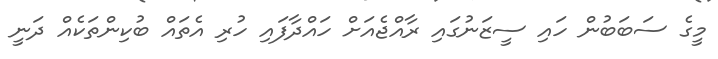
މީގެ ސަބަބުން ހައި ސީޒަނުގައި ރާއްޖެއަށް ހައްދާފައި ހުރި އެތައް ބުކިންތަކެއް ދަނީ